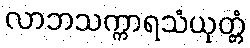
လာဘသက္ကာရသံယုတ္တံ